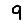
Digit: 9